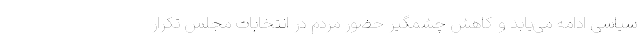
سیاسی ادامه می‌یابد و کاهش چشمگیر حضور مردم در انتخابات مجلس تکرار